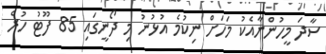
ސާދަ މީހުންނާއެކު މަހަށް ނިކުމެ އުޅުނު މި ދޯނީގައި 85 ފޫޓު ހުރެ